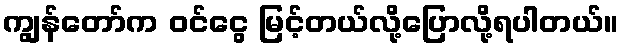
ကျွန်တော်က ဝင်ငွေ မြင့်တယ်လို့ပြောလို့ရပါတယ်။